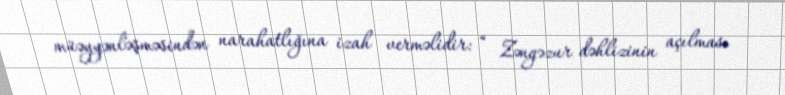
müəyyənləşməsindən narahatlığına izah verməlidir: “ Zəngəzur dəhlizinin açılması